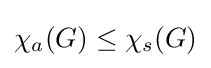
\chi _{a}(G)\leq \chi _{s}(G)